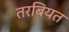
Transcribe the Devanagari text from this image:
तरबियत